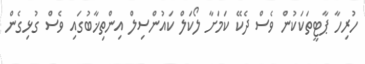
ހުރިހާ ޕާޓީތަކަކުން ވެސް ދެކޭ ކަމަށާ ލޯކަލް ކައުންސިލް އިންތިޚާބުގައި ވެސް ގުޅިގެން